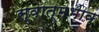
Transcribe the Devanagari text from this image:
स्वात्मभाव